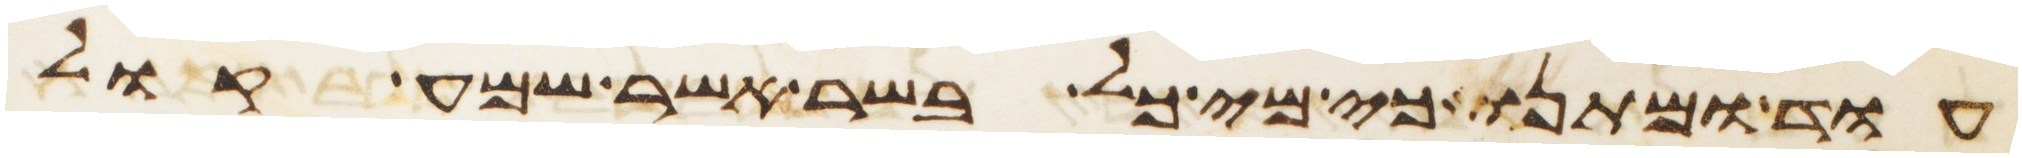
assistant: עוד ומתנו כי מי כל בשר אשר שמע קול